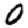
Digit: 0